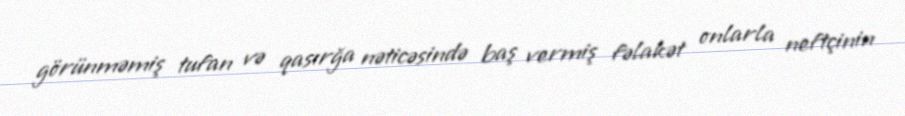
görünməmiş tufan və qasırğa nəticəsində baş vermiş fəlakət onlarla neftçinin